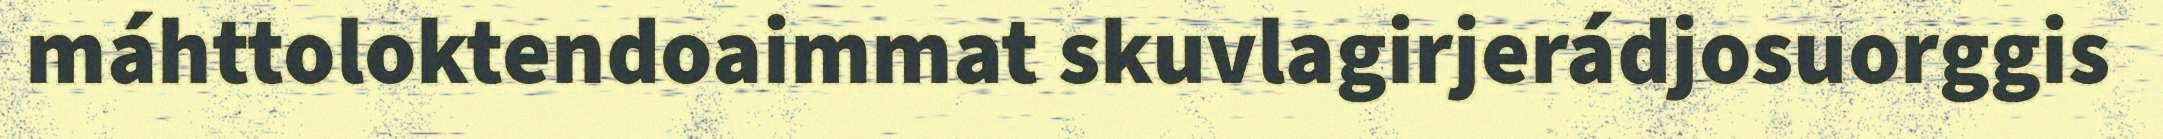
máhttoloktendoaimmat skuvlagirjerádjosuorggis